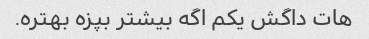
هات داگش یکم اگه بیشتر بپزه بهتره.